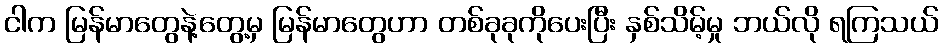
ငါက မြန်မာတွေနဲ့တွေ့မှ မြန်မာတွေဟာ တစ်ခုခုကိုပေးပြီး နှစ်သိမ့်မှု ဘယ်လို ရကြသယ်